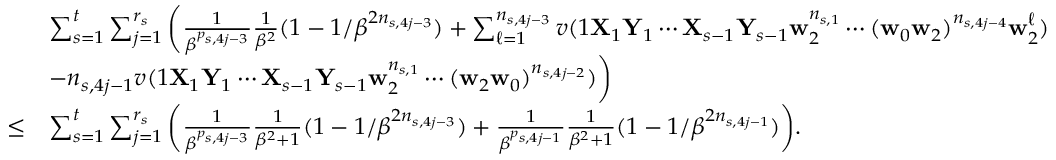
\begin{array} { r l } & { \sum _ { s = 1 } ^ { t } \sum _ { j = 1 } ^ { r _ { s } } \bigg ( \frac 1 { \beta ^ { p _ { s , 4 j - 3 } } } \frac 1 { \beta ^ { 2 } } ( 1 - 1 / \beta ^ { 2 n _ { s , 4 j - 3 } } ) + \sum _ { \ell = 1 } ^ { n _ { s , 4 j - 3 } } v ( 1 \mathbf X _ { 1 } \mathbf Y _ { 1 } \cdots \mathbf X _ { s - 1 } \mathbf Y _ { s - 1 } \mathbf w _ { 2 } ^ { n _ { s , 1 } } \cdots ( \mathbf w _ { 0 } \mathbf w _ { 2 } ) ^ { n _ { s , 4 j - 4 } } \mathbf w _ { 2 } ^ { \ell } ) } \\ & { - n _ { s , 4 j - 1 } v ( 1 \mathbf X _ { 1 } \mathbf Y _ { 1 } \cdots \mathbf X _ { s - 1 } \mathbf Y _ { s - 1 } \mathbf w _ { 2 } ^ { n _ { s , 1 } } \cdots ( \mathbf w _ { 2 } \mathbf w _ { 0 } ) ^ { n _ { s , 4 j - 2 } } ) \bigg ) } \\ { \le } & { \sum _ { s = 1 } ^ { t } \sum _ { j = 1 } ^ { r _ { s } } \bigg ( \frac 1 { \beta ^ { p _ { s , 4 j - 3 } } } \frac 1 { \beta ^ { 2 } + 1 } ( 1 - 1 / \beta ^ { 2 n _ { s , 4 j - 3 } } ) + \frac 1 { \beta ^ { p _ { s , 4 j - 1 } } } \frac 1 { \beta ^ { 2 } + 1 } ( 1 - 1 / \beta ^ { 2 n _ { s , 4 j - 1 } } ) \bigg ) . } \end{array}